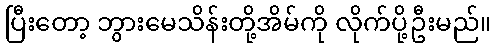
ပြီးတော့ ဘွားမေသိန်းတို့အိမ်ကို လိုက်ပို့ဦးမည်။